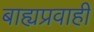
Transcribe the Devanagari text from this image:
बाह्यप्रवाही